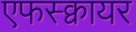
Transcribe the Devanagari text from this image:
एफस्क्वायर